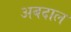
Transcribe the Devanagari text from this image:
अबदाल